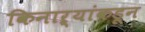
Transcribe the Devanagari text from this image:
किनाऱ्यांकडून